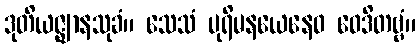
ဒုတိယဇ္ဈာနသုခံ။ သေသံ ပုရိမနယေနေဝ ဝေဒိတဗ္ဗံ။